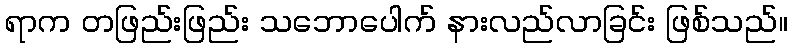
ရာက တဖြည်းဖြည်း သဘောပေါက် နားလည်လာခြင်း ဖြစ်သည်။